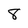
Character: 8